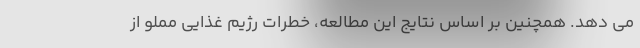
می دهد. همچنین بر اساس نتایج این مطالعه، خطرات رژیم غذایی مملو از